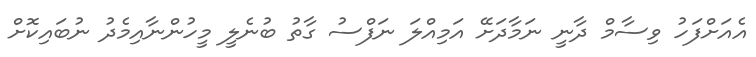
އެއަށްފަހު ވިސާމް ދާނީ ނަމާދަށޭ އަމިއްލަ ނަފްސު ގާތު ބުނެލީ މީހުންނާއިމެދު ނުބައިކޮށް